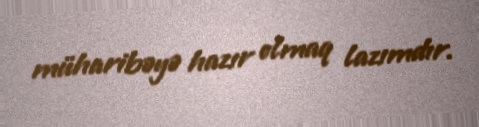
müharibəyə hazır olmaq lazımdır.